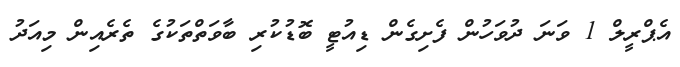
އެޕްރީލް 1 ވަނަ ދުވަހުން ފެށިގެން ޑިއުޓީ ބޮޑުކުރި ބާވަތްތަކުގެ ތެރެއިން މިއަދު